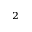
^ 2